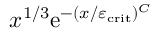
x ^ { 1 / 3 } \mathrm { e } ^ { - ( x / \varepsilon _ { \mathrm { c r i t } } ) ^ { C } }